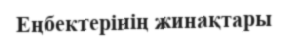
Еңбектерінің жинақтары